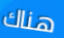
هناك